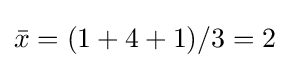
{\bar {x}}=(1+4+1)/3=2